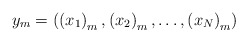
\begin{align*}y_{m}=\left( \left( x_{1}\right) _{m},\left( x_{2}\right) _{m},\ldots,\left( x_{N}\right) _{m}\right)\end{align*}